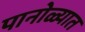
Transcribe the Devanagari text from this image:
पानोळ्यात